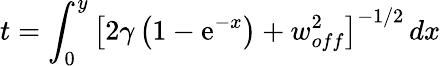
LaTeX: t=\int_{0}^{y}\left[2\gamma\left(1-\mathrm{e}^{-x}\right)+w_{off}^{2}\right]^{-1/2}\, dx